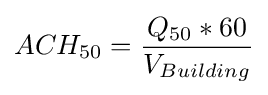
ACH_{50}={Q_{50}*60 \over V_{Building}}\,\!